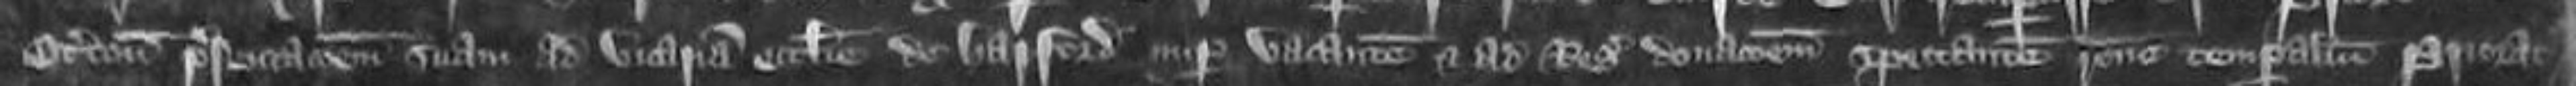
Oterton presentationem suam ad vicariam ecclesie de Harpford nuper vacantem et ad Regis donacionem spectantem ratione temporalium Prioratus